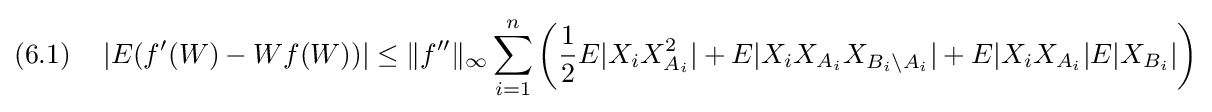
(6.1)\quad \left|E(f'(W)-Wf(W))\right|\leq \|f''\|_{\infty }\sum _{i=1}^{n}\left({\frac {1}{2}}E|X_{i}X_{A_{i}}^{2}|+E|X_{i}X_{A_{i}}X_{B_{i}\setminus A_{i}}|+E|X_{i}X_{A_{i}}|E|X_{B_{i}}|\right)